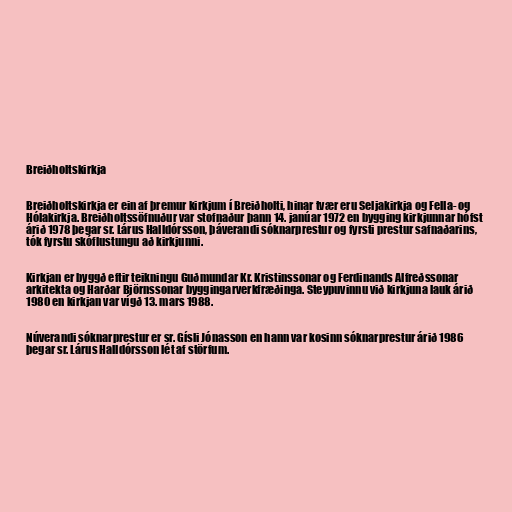
Breiðholtskirkja

Breiðholtskirkja er ein af þremur kirkjum í Breiðholti, hinar tvær eru Seljakirkja og Fella- og
Hólakirkja. Breiðholtssöfnuður var stofnaður þann 14. janúar 1972 en bygging kirkjunnar hófst
árið 1978 þegar sr. Lárus Halldórsson, þáverandi sóknarprestur og fyrsti prestur safnaðarins,
tók fyrstu skóflustungu að kirkjunni.

Kirkjan er byggð eftir teikningu Guðmundar Kr. Kristinssonar og Ferdinands Alfreðssonar
arkitekta og Harðar Björnssonar byggingarverkfræðinga. Steypuvinnu við kirkjuna lauk árið
1980 en kirkjan var vígð 13. mars 1988.

Núverandi sóknarprestur er sr. Gísli Jónasson en hann var kosinn sóknarprestur árið 1986
þegar sr. Lárus Halldórsson lét af störfum.